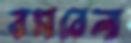
বমবেলা